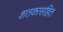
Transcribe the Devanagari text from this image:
शतकासहित